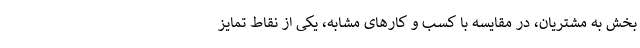
بخش به مشتریان، در مقایسه با کسب و کار‌های مشابه، یکی از نقاط تمایز